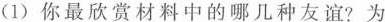
(1)你最欣赏材料中的哪几种友谊?为